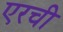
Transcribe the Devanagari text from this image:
एरची